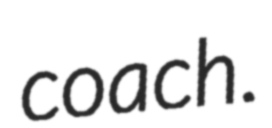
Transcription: coach.